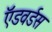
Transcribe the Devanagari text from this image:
ऍडवर्डस